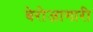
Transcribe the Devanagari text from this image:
बेरोजागारी